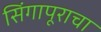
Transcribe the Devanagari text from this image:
सिंगापूराचा